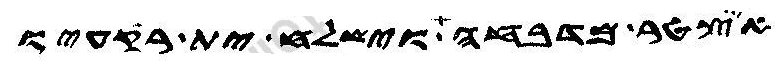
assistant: איצטר מדבחה וישלח ית רקעיו